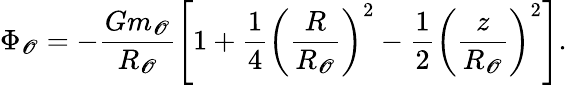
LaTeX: \Phi_{\mathscr{O}}=-\frac{{Gm_{\mathscr{O}}}}{{R_{\mathscr{O}}}}\left[1+\frac{{1}}{{4}}\left(\frac{{R}}{{R_{\mathscr{O}}}}\right)^{2}-\frac{{1}}{{2}}\left(\frac{{z}}{{R_{\mathscr{O}}}}\right)^{2}\right].